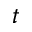
t